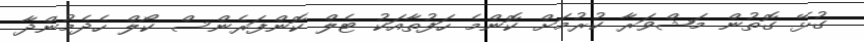
ގުޅޭ ގޮތުން މަޝްވަރާ ކުރުމަށް ކޮންމެ ހަފުތާއަކު ޓެލް ކޮންފަރެންސް ކޯލް ހެދެމުންދާ